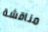
مناقشة